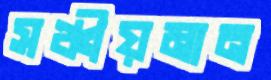
সঞ্চীয়মান